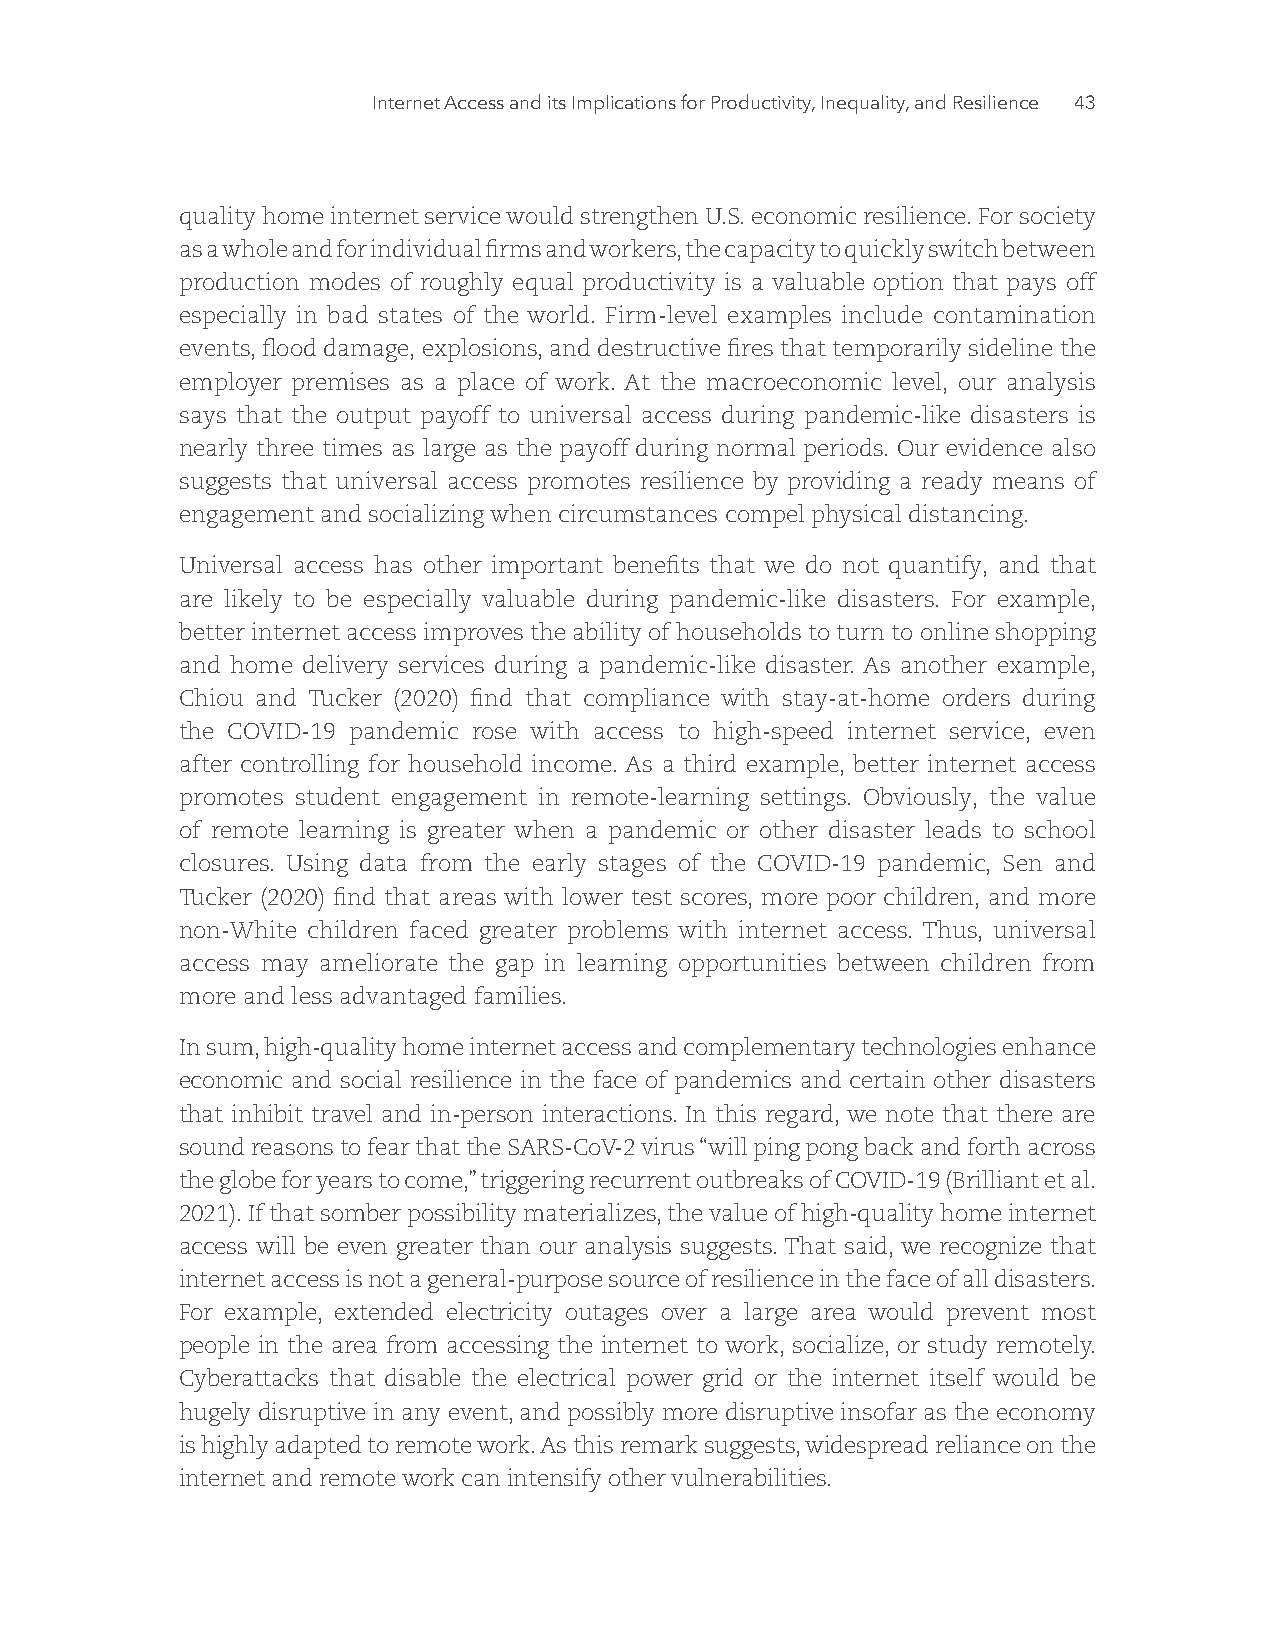
Internet Access and its Implications for Productivity, Inequality, and Resilience 43
 quality home internet service would strengthen U.S. economic resilience. For society
 as a whole and for individual firms and workers, the capacity to quickly switch between
 production modes of roughly equal productivity is a valuable option that pays off
 especially in bad states of the world. Firm-level examples include contamination
 events, flood damage, explosions, and destructive fires that temporarily sideline the
 employer premises as a place of work. At the macroeconomic level, our analysis
 says that the output payoff to universal access during pandemic-like disasters is
 nearly three times as large as the payoff during normal periods. Our evidence also
 suggests that universal access promotes resilience by providing a ready means of
 engagement and socializing when circumstances compel physical distancing.
 Universal access has other important benefits that we do not quantify, and that
 are likely to be especially valuable during pandemic-like disasters. For example,
 better internet access improves the ability of households to turn to online shopping
 and home delivery services during a pandemic-like disaster. As another example,
 Chiou and Tucker (2020) find that compliance with stay-at-home orders during
 the COVID-19 pandemic rose with access to high-speed internet service, even
 after controlling for household income. As a third example, better internet access
 promotes student engagement in remote-learning settings. Obviously, the value
 of remote learning is greater when a pandemic or other disaster leads to school
 closures. Using data from the early stages of the COVID-19 pandemic, Sen and
 Tucker (2020) find that areas with lower test scores, more poor children, and more
 non-White children faced greater problems with internet access. Thus, universal
 access may ameliorate the gap in learning opportunities between children from
 more and less advantaged families.
 In sum, high-quality home internet access and complementary technologies enhance
 economic and social resilience in the face of pandemics and certain other disasters
 that inhibit travel and in-person interactions. In this regard, we note that there are
 sound reasons to fear that the SARS-CoV-2 virus “will ping pong back and forth across
 the globe for years to come,” triggering recurrent outbreaks of COVID-19 (Brilliant et al.
 2021). If that somber possibility materializes, the value of high-quality home internet
 access will be even greater than our analysis suggests. That said, we recognize that
 internet access is not a general-purpose source of resilience in the face of all disasters.
 For example, extended electricity outages over a large area would prevent most
 people in the area from accessing the internet to work, socialize, or study remotely.
 Cyberattacks that disable the electrical power grid or the internet itself would be
 hugely disruptive in any event, and possibly more disruptive insofar as the economy
 is highly adapted to remote work. As this remark suggests, widespread reliance on the
 internet and remote work can intensify other vulnerabilities.